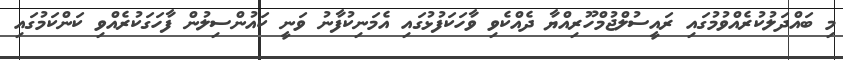
މި ބައްދަލުކުރެއްވުމުގައި ރައީސުލްޖުމްހޫރިއްޔާ ދެއްކެވި ވާހަކަފުޅުގައި އެމަނިކުފާނު ވަނީ ކައުންސިލުން ފާހަގަކުރެއްވި ކަންކަމުގައި